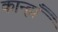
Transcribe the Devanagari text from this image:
कान्हाँ